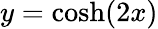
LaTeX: y=\cosh(2x)